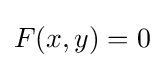
F(x,y)=0